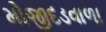
મોજીદડવાળા